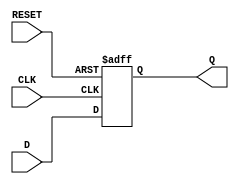
module dff (
    input D,      // Data input
    input CLK,    // Clock input
    input RESET,  // Asynchronous reset, active high
    output reg Q  // Output
);
    // Your code goes here.  DO NOT change anything that is already given! Otherwise, you will not be able to pass the tests!
    always @(posedge CLK or posedge RESET) begin
        if (RESET) begin
            Q <= 1'b0;
        end else begin
            Q <= D;
        end
    end
endmodule